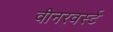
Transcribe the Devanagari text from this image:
वीनरवर्स्ट